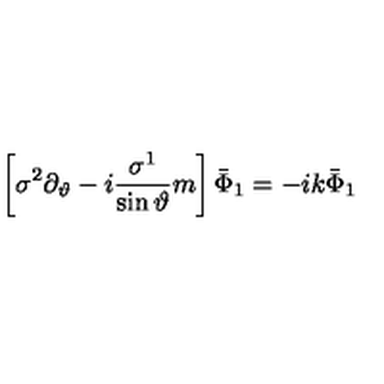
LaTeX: \left[ \sigma ^ { 2 } \partial _ { \vartheta } - i \frac { \sigma ^ { 1 } } { \sin \vartheta } m \right] \bar { \Phi } _ { 1 } = - i k \bar { \Phi } _ { 1 }